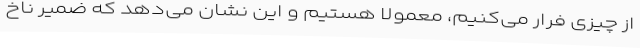
از چیزی فرار می‌کنیم، معمولاً هستیم و این نشان می‌دهد که ضمیر ناخ